Annual report of the Punjab Veterinary College and of the Civil Veterinary Department, Punjab - 1926-1932
Year: 1926
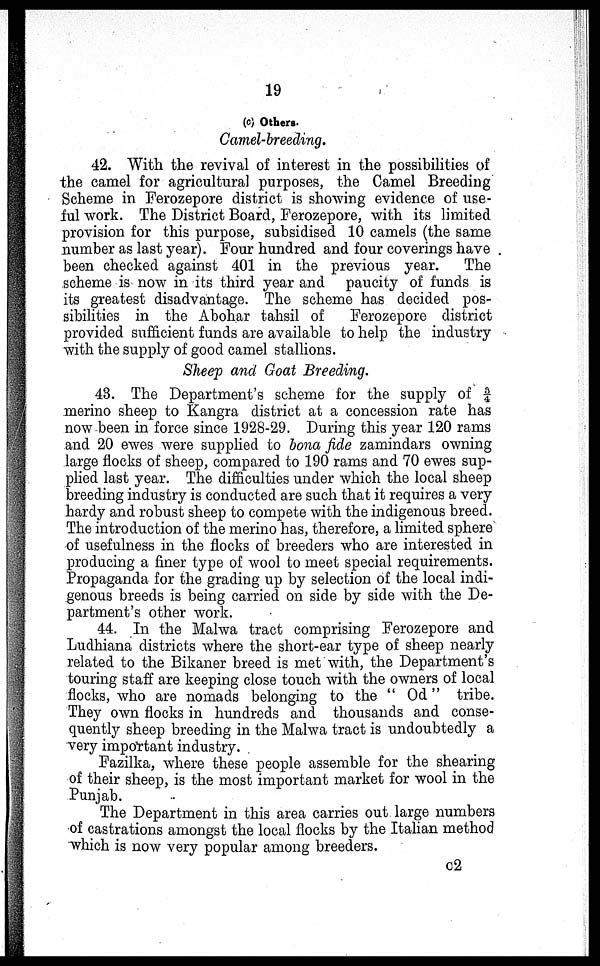
19
(c) Others.
Camel-breeding.
42. With the revival of interest in the possibilities of
the camel for agricultural purposes, the Camel Breeding
Scheme in Ferozepore district is showing evidence of use-
ful work. The District Board, Ferozepore, with its limited
provision for this purpose, subsidised 10 camels (the same
number as last year). Four hundred and four coverings have
been checked against 401 in the previous year. The
scheme is now in its third year and paucity of funds is
its greatest disadvantage. The scheme has decided pos-
sibilities in the Abohar tahsil of
Ferozepore district
provided sufficient funds are available to help the industry
with the supply of good camel stallions.
Sheep and Goat Breeding.
43. The Department's scheme for the supply of 3/4
merino sheep to Kangra district at a concession rate has
now been in force since 1928-29. During this year 120 rams
and 20 ewes were supplied to bona fide zamindars owning
large flocks of sheep, compared to 190 rams and 70 ewes sup-
plied last year. The difficulties under which the local sheep
breeding industry is conducted are such that it requires a very
hardy and robust sheep to compete with the indigenous breed.
The introduction of the merino has, therefore, a limited sphere
of usefulness in the flocks of breeders who are interested in
producing a finer type of wool to meet special requirements.
Propaganda for the grading up by selection of the local indi-
genous breeds is being carried on side by side with the De-
partment's other work.
44. In the Malwa tract comprising Ferozepore and
Ludhiana districts where the short-ear type of sheep nearly
related to the Bikaner breed is met with, the Department's
touring staff are keeping close touch with the owners of local
flocks, who are nomads belonging to the "Od" tribe.
They own flocks in hundreds and thousands and conse-
quently sheep breeding in the Malwa tract is undoubtedly a
very important industry.
Fazilka, where these people assemble for the shearing
of their sheep, is the most important market for wool in the
Punjab.
The Department in this area carries out large numbers
of castrations amongst the local flocks by the Italian method
which is now very popular among breeders.
C2